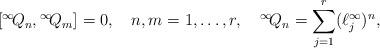
LaTeX: \begin{align*}[{}^\infty\! Q_n,{}^\infty\! Q_m]=0,\quad n,m=1,\ldots,r,\quad {}^\infty\! Q_n=\sum_{j=1}^r(\ell^\infty_j)^n,\end{align*}